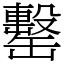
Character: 罊